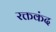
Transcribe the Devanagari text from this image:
रक्तकंद